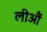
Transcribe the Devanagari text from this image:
लीआैं